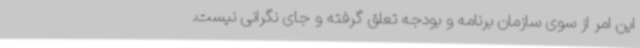
این امر از سوی سازمان برنامه و بودجه تعلق گرفته و جای نگرانی نیست.